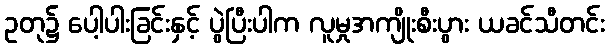
ဥတု၌ ပေါ့ပါးခြင်းနှင့် ပွဲပြီးပါက လူမှုအကျိုးစီးပွား ယခင်သီတင်း